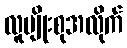
လူမျိုးစုအလိုက်